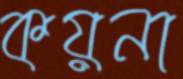
কয়না